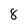
Character: 8